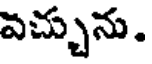
వచ్చును.